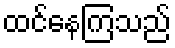
ထင်နေကြသည်